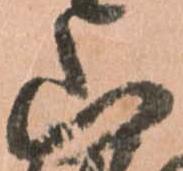
山